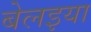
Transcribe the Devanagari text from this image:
बेलइया